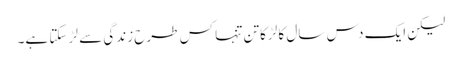
لیکن ایک دس سال کا لڑکا تنِ تنہا کس طرح زندگی سے لڑ سکتا ہے۔